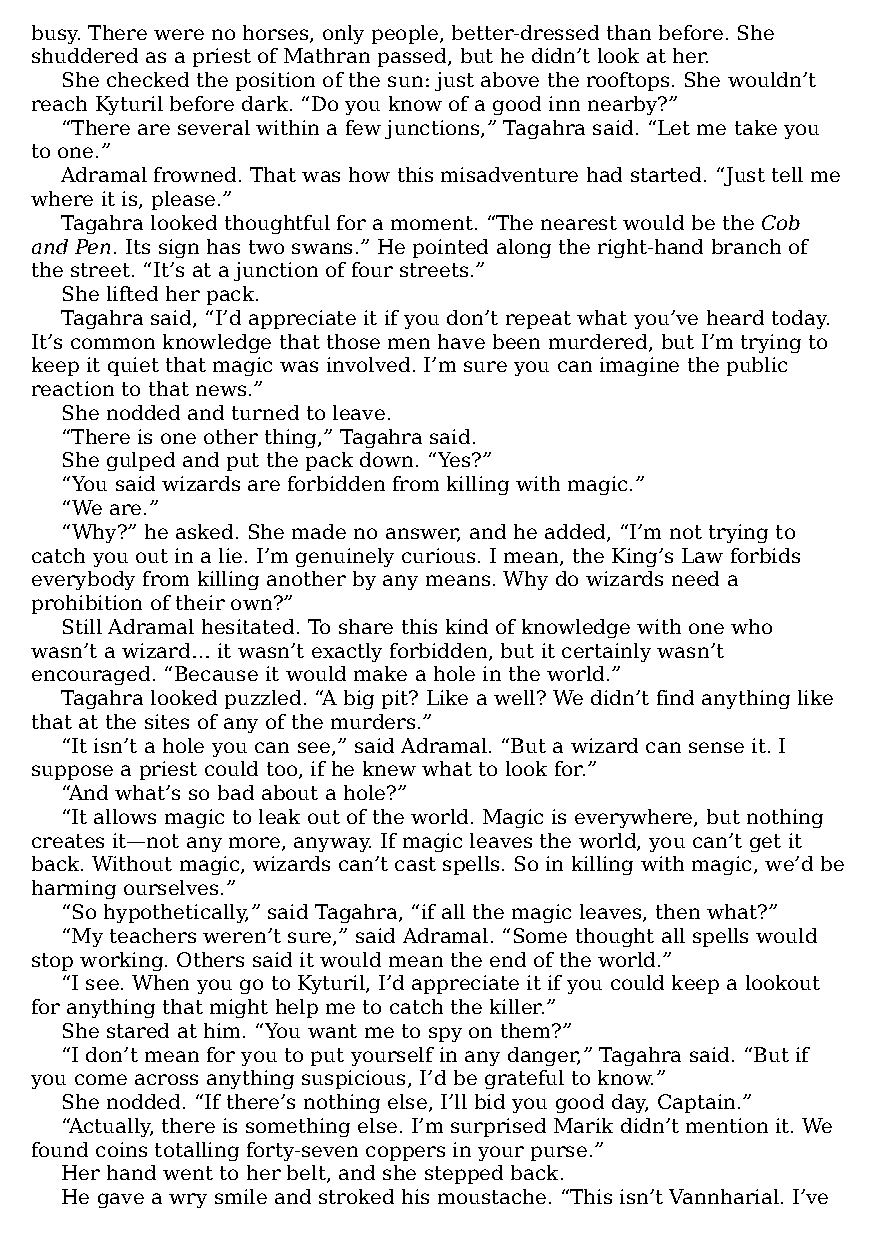
busy. There were no horses, only people, better-dressed than before. She
 shuddered as a priest of Mathran passed, but he didn’t look at her.
 She checked the position of the sun: just above the rooftops. She wouldn’t
 reach Kyturil before dark. “Do you know of a good inn nearby?”
 “There are several within a few junctions,” Tagahra said. “Let me take you
 to one.”
 Adramal frowned. That was how this misadventure had started. “Just tell me
 where it is, please.”
 Tagahra looked thoughtful for a moment. “The nearest would be the Cob
 and Pen. Its sign has two swans.” He pointed along the right-hand branch of
 the street. “It’s at a junction of four streets.”
 She lifted her pack.
 Tagahra said, “I’d appreciate it if you don’t repeat what you’ve heard today.
 It’s common knowledge that those men have been murdered, but I’m trying to
 keep it quiet that magic was involved. I’m sure you can imagine the public
 reaction to that news.”
 She nodded and turned to leave.
 “There is one other thing,” Tagahra said.
 She gulped and put the pack down. “Yes?”
 “You said wizards are forbidden from killing with magic.”
 “We are.”
 “Why?” he asked. She made no answer, and he added, “I’m not trying to
 catch you out in a lie. I’m genuinely curious. I mean, the King’s Law forbids
 everybody from killing another by any means. Why do wizards need a
 prohibition of their own?”
 Still Adramal hesitated. To share this kind of knowledge with one who
 wasn’t a wizard… it wasn’t exactly forbidden, but it certainly wasn’t
 encouraged. “Because it would make a hole in the world.”
 Tagahra looked puzzled. “A big pit? Like a well? We didn’t find anything like
 that at the sites of any of the murders.”
 “It isn’t a hole you can see,” said Adramal. “But a wizard can sense it. I
 suppose a priest could too, if he knew what to look for.”
 “And what’s so bad about a hole?”
 “It allows magic to leak out of the world. Magic is everywhere, but nothing
 creates it—​not any more, anyway. If magic leaves the world, you can’t get it
 back. Without magic, wizards can’t cast spells. So in killing with magic, we’d be
 harming ourselves.”
 “So hypothetically,” said Tagahra, “if all the magic leaves, then what?”
 “My teachers weren’t sure,” said Adramal. “Some thought all spells would
 stop working. Others said it would mean the end of the world.”
 “I see. When you go to Kyturil, I’d appreciate it if you could keep a lookout
 for anything that might help me to catch the killer.”
 She stared at him. “You want me to spy on them?”
 “I don’t mean for you to put yourself in any danger,” Tagahra said. “But if
 you come across anything suspicious, I’d be grateful to know.”
 She nodded. “If there’s nothing else, I’ll bid you good day, Captain.”
 “Actually, there is something else. I’m surprised Marik didn’t mention it. We
 found coins totalling forty-seven coppers in your purse.”
 Her hand went to her belt, and she stepped back.
 He gave a wry smile and stroked his moustache. “This isn’t Vannharial. I’ve